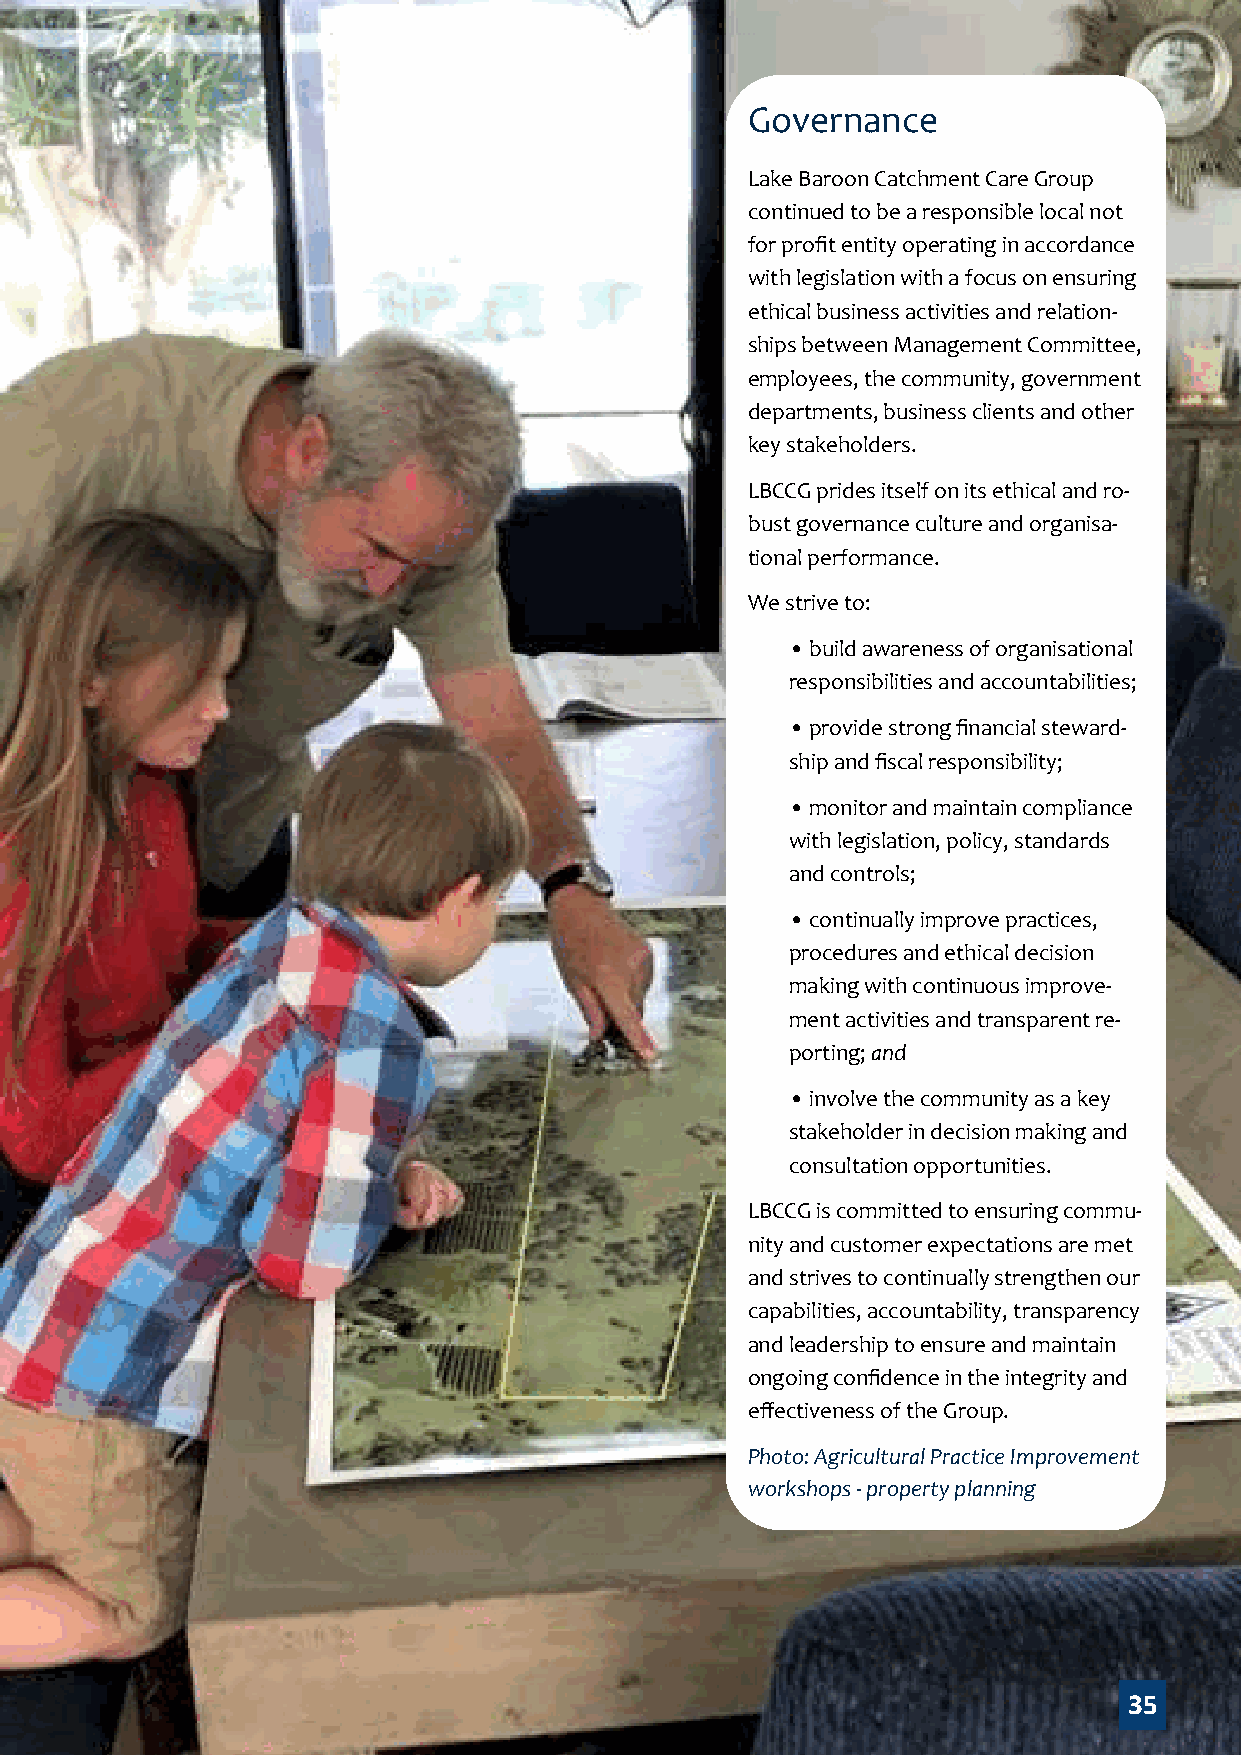
Governance
 Lake Baroon Catchment Care Group
 continued to be a responsible local not
 for profit entity operating in accordance
 with legislation with a focus on ensuring
 ethical business activities and relation-
 ships between Management Committee,
 employees, the community, government
 departments, business clients and other
 key stakeholders.
 LBCCG prides itself on its ethical and ro-
 bust governance culture and organisa-
 tional performance.
 We strive to:
 • build awareness of organisational
 responsibilities and accountabilities;
 • provide strong financial steward-
 ship and fiscal responsibility;
 • monitor and maintain compliance
 with legislation, policy, standards
 and controls;
 • continually improve practices,
 procedures and ethical decision
 making with continuous improve-
 ment activities and transparent re-
 porting; and
 • involve the community as a key
 stakeholder in decision making and
 consultation opportunities.
 LBCCG is committed to ensuring commu-
 nity and customer expectations are met
 and strives to continually strengthen our
 capabilities, accountability, transparency
 and leadership to ensure and maintain
 ongoing confidence in the integrity and
 effectiveness of the Group.
 Photo: Agricultural Practice Improvement
 workshops - property planning
 35